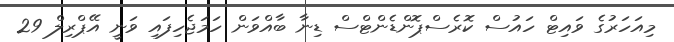
މިއަހަރުގެ ވައިޓް ހައުސް ކޮރެސްޕޮންޑެންޓްސް ޑިނާ ބާއްވަން ހަމަޖެހިފައި ވަނީ އޭޕްރިލް 29